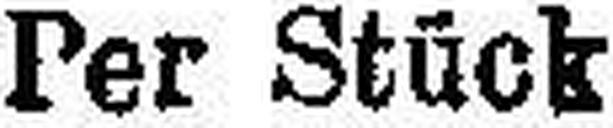
Per Stück